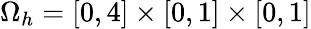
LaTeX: \Omega_{h}=\left[0,4\right]\times\left[0,1\right]\times\left[0,1\right]